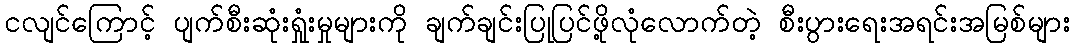
ငလျင်ကြောင့် ပျက်စီးဆုံးရှုံးမှုများကို ချက်ချင်းပြုပြင်ဖို့လုံလောက်တဲ့ စီးပွားရေးအရင်းအမြစ်များ